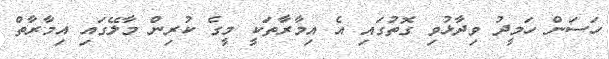
ހަސަން ހަމީދު ވިދާޅުވި ގޮތުގައި އެ އިމާރާތަކީ މީގެ ކުރިން މާލޭގައި އިމާރާތް